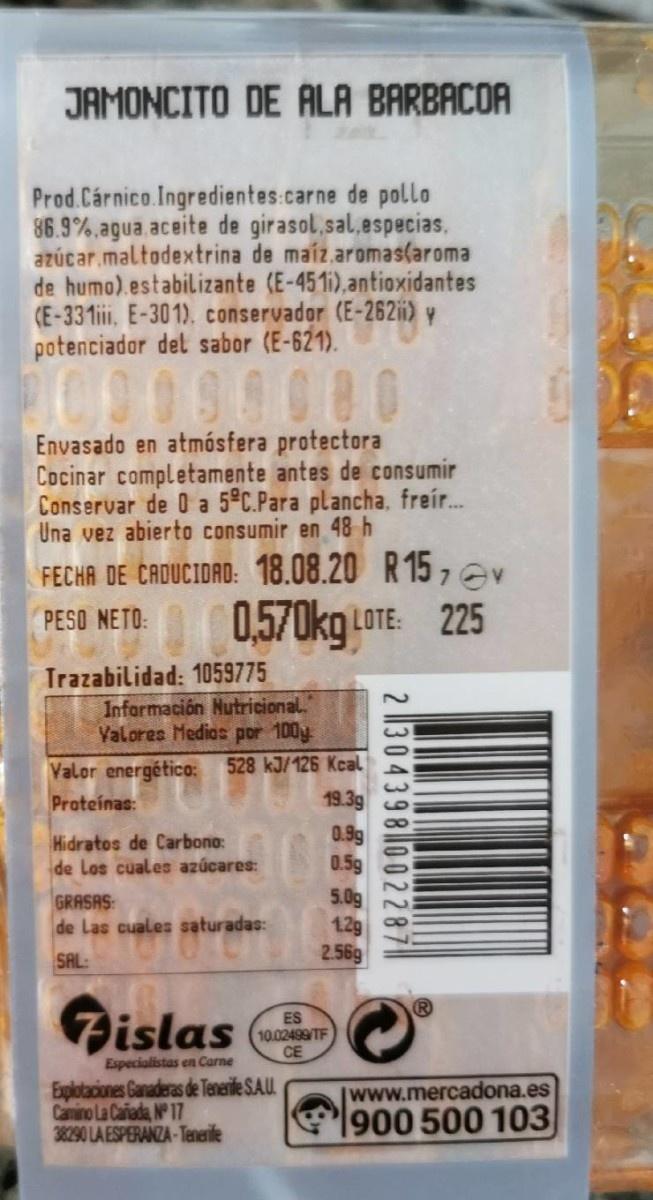
JAMONCITO DE ALA BARBACOA
Prod.Cárnico.Ingredientes:carne de pollo 86.9%.agua aceite de girasol,sal.especias, azúcar maltodextrina de maíz.aromas(aroma de humo).estabilizante (E-451i),antioxidantes CE-331ii, E-301). conservador (E-262ii) y potenciador del sabor (E-621).
300000000
Envasado en atmósfera protectora Cocinar completamente antes de consumir Conservar de O a 5°C.Para plancha, frer. Una vez abierto consumir en 48 h
FECHA DE CADUCIORO: 18.08.20 R 15 , Gv
O 0.570kg LOTE 225
PESO NETO:
Trazabilidad: 1059775 Información Nutricional. Valores Medios por 100y 528 kJ/126 Kcal
Valor energético:
Proteinas:
19.3g
Hidratos de Carbono: de Los cuales azúcares:
0.9g 0.5g
GRASAS de Las cuales saturadas:
5.0g 12g 2.56g
SAL:
Fislas
ES 10.02499 TF CE
Especialistas en Carne
Explotaciones Ganaderas de Tenerife SAU. Canino La Cariada, N° 17 38290 LA ESPERANZA-Tenerife
www.mercadona.es
1900 500 103
2 |1304398 002287